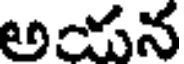
అయన